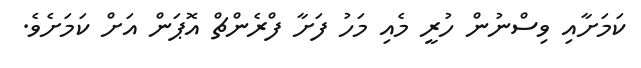
ކަމަށާއި ވިސްނުން ހުރީ މެއި މަހު ފަށާ ފްރެންޗް އޮޕަން އަށް ކަމަށެވެ.